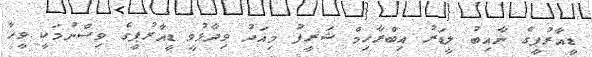
ޑީއާރުޕީގެ ނާއިބު ލީޑަރު އިބްރާހިމް ޝަރީފު މިއަދު ވިދާޅުވީ ޑީއާރުޕީގެ ވިސްނުމަކީ ވީހާ